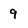
Character: 9